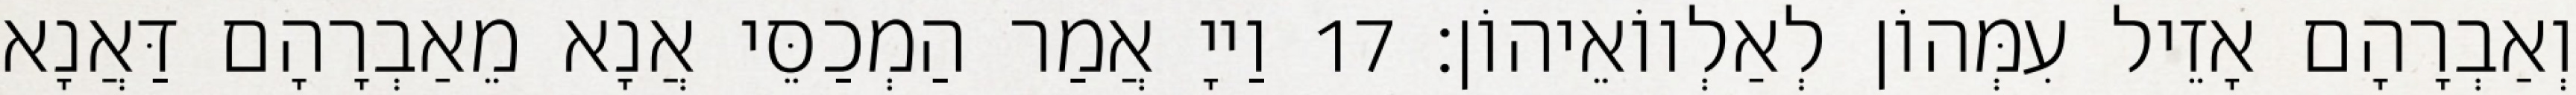
וְאַבְרָהָם אָזֵיל עִמְּהוֹן לְאַלְווֹאֵיהוֹן׃ 17 וַייָ אֲמַר הַמְכַסֵּי אֲנָא מֵאַבְרָהָם דַּאֲנָא